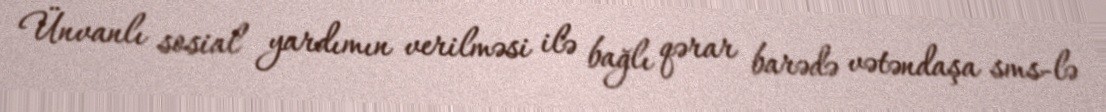
Ünvanlı sosial yardımın verilməsi ilə bağlı qərar barədə vətəndaşa sms-lə